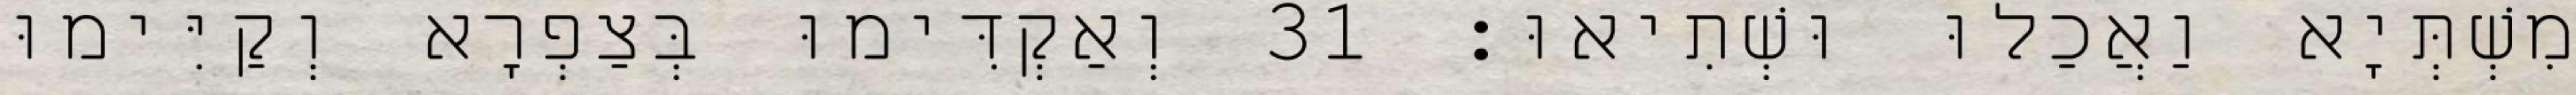
מִשְׁתְּיָא וַאֲכַלוּ וּשְׁתִיאוּ׃ 31 וְאַקְדִּימוּ בְּצַפְרָא וְקַיִּימוּ